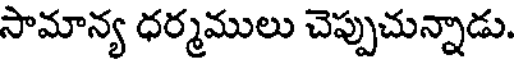
సామాన్య ధర్మములు చెప్పుచున్నాడు.